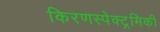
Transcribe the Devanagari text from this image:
किरणस्पेक्ट्रमिकी